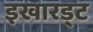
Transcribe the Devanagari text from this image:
इखारड्ट